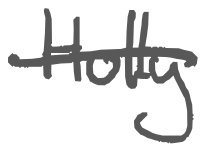
Text: Holly
Cross-out: single-line
Writing tool: digital_gray